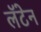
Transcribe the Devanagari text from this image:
लॅटेन